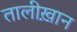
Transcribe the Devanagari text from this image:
तालीख़ान